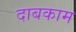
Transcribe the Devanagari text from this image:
दाबकाम